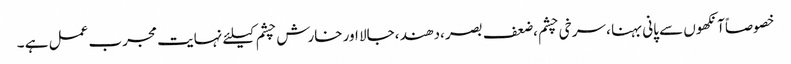
خصوصاًآنکھوں سے پانی بہنا ، سرخی چشم ،ضعف بصر ،دھند ،جالا اور خارش چشم کیلئے نہایت مجرب عمل ہے ۔